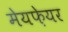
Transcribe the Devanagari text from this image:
मेयफ़ेयर